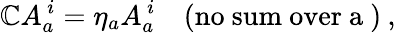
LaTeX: \mathbb{C}A_{a}^{\, i}=\eta_{a}A_{a}^{\, i}\quad\mathrm{{(no~sum~over~a~)}}\: ,